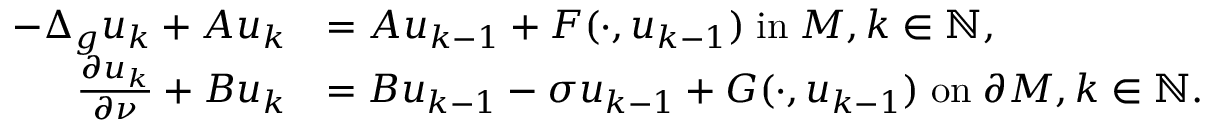
\begin{array} { r l } { - \Delta _ { g } u _ { k } + A u _ { k } } & { = A u _ { k - 1 } + F ( \cdot , u _ { k - 1 } ) \; \mathrm { i n } \; M , k \in \mathbb { N } , } \\ { \frac { \partial u _ { k } } { \partial \nu } + B u _ { k } } & { = B u _ { k - 1 } - \sigma u _ { k - 1 } + G ( \cdot , u _ { k - 1 } ) \; \mathrm { o n } \; \partial M , k \in \mathbb { N } . } \end{array}